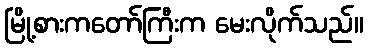
မြို့စားကတော်ကြီးက မေးလိုက်သည်။